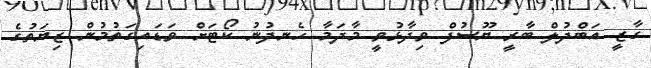
ގާޒީ އަބްދުލް ބާރީ ޔޫސުފް ވިދާޅުވީ މާދަމާ ހެނދުނު ކޯޓަށް ވަޑައިގަތުމުން ޒިޔަތުގެ